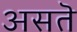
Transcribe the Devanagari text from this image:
असतॆ